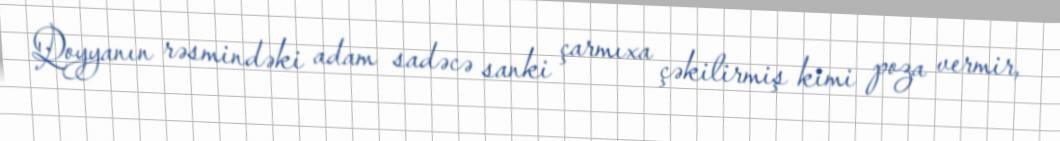
Qoyyanın rəsmindəki adam sadəcə sanki çarmıxa çəkilirmiş kimi poza vermir,